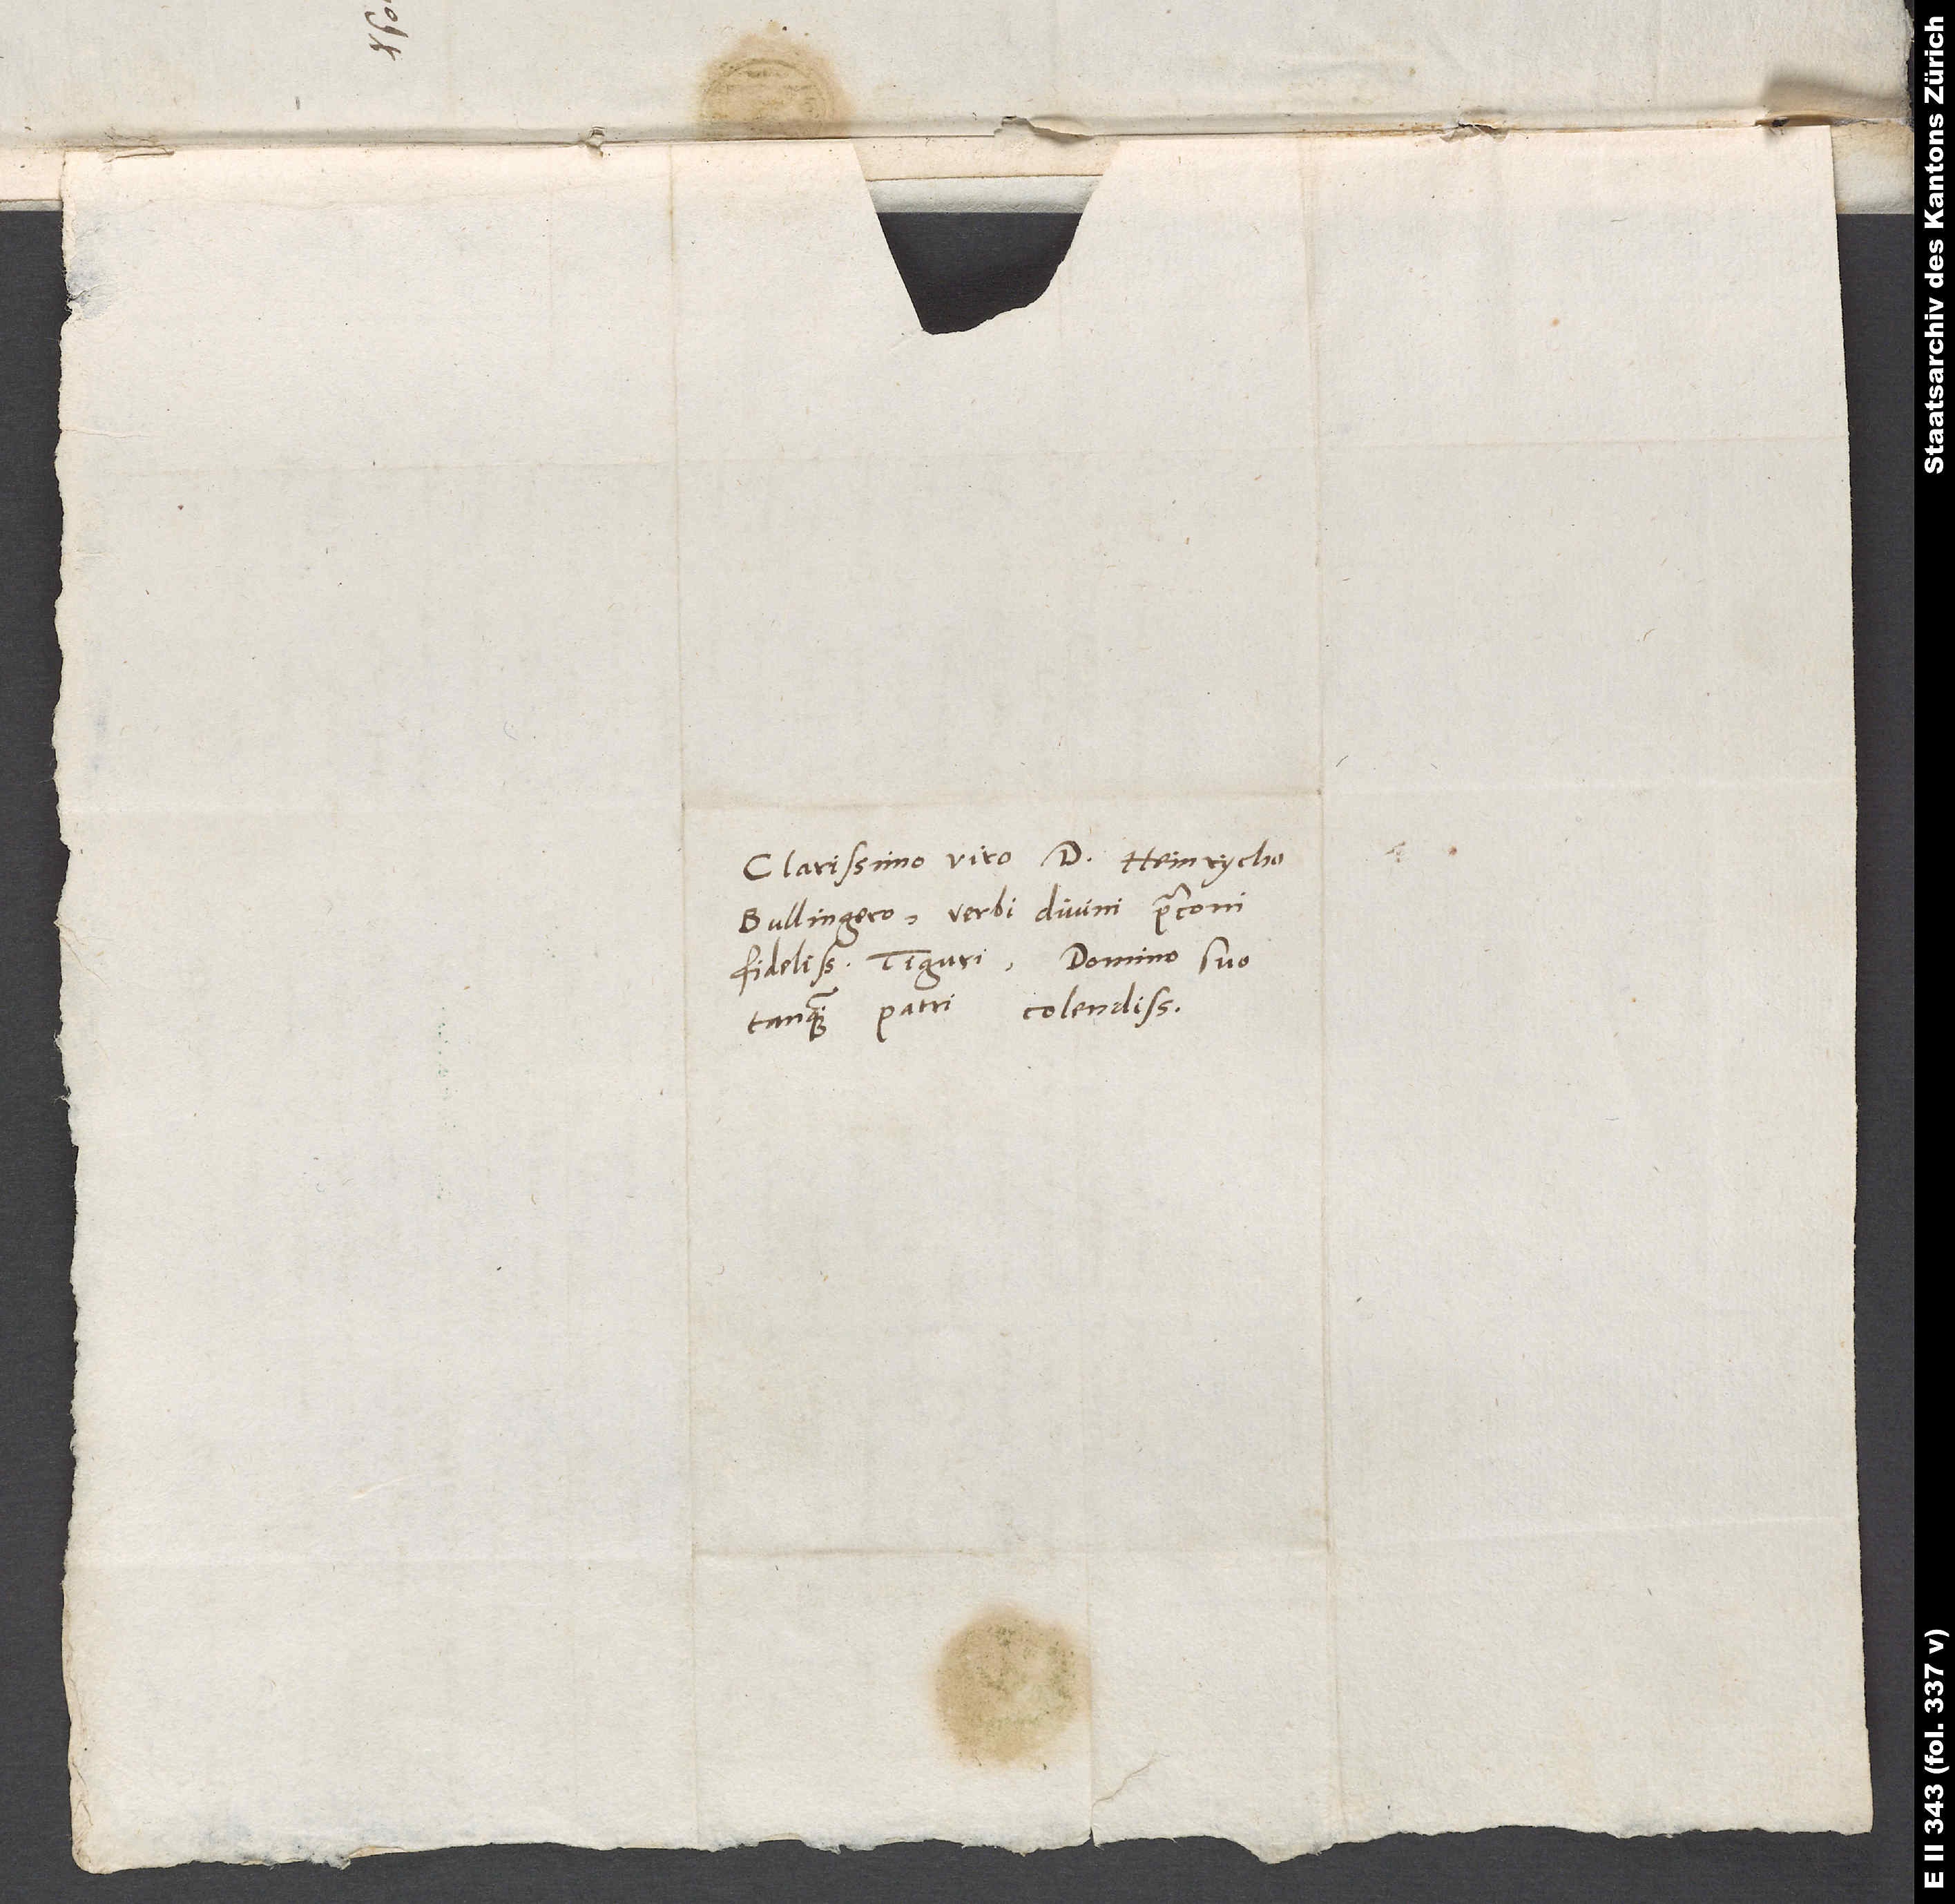
Clarissimo viro d. Heinrycho
Bullingero, verbi divini praeconi
fidelissimo Tiguri, domino suo
tanquam patri colendissimo.

d.